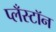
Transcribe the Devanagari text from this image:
प्लँस्टॉन